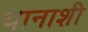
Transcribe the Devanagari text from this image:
यानाशी